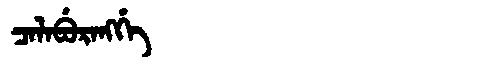
Manchu: ᠴᠠᠯᠠᠪᡠᡵᠠᠩᡤᡝ
Romanization: CALABURANGGE